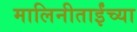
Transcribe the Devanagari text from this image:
मालिनीताईंच्या